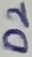
Text: D2